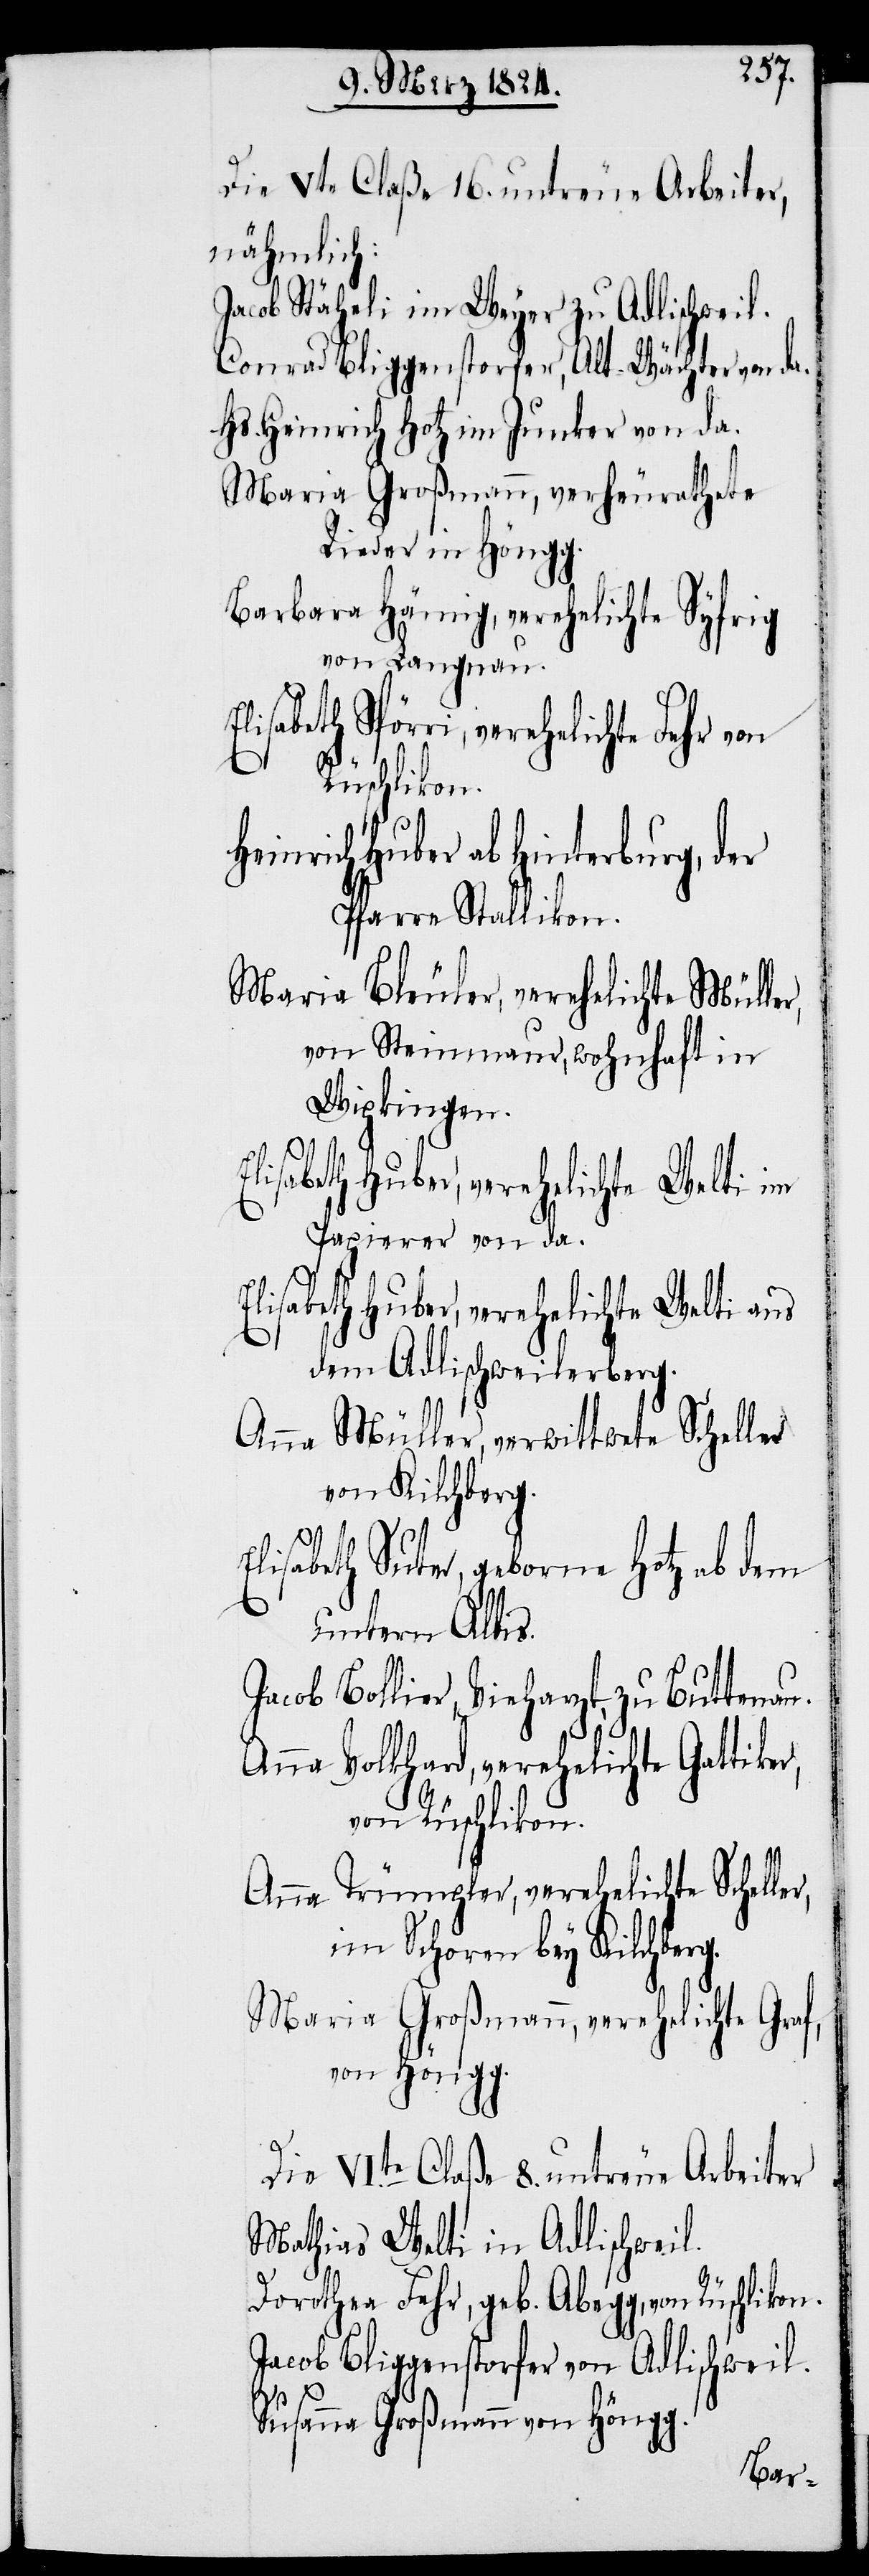
Die Vte Claße 16. untreue Arbeiter,
nähmlich:
Jacob Stäheli im Weyer zu Adlischweil.
Conrad Bliggenstorfer, Alt-Wächter von da.
Maria Großmann, verheurathete
Rieder in Höngg.
Barbara Hämig, verehelichte Syfrig
von Langnau.
Elisabeth Huber, verehelichte Welti aus
Rüschlikon.
Heinrich Huber ab Hinterburg, der
Pfarre Stallikon.
Maria Bleuler, verehelichte Mülle¬
von Steinmaur, wohnhaft in
Wipkingen.
Papierer von da.
dem Adlischweilerberg.
Anna Müller, verwittwete Scheller
von Kilchberg.
lisabeth Suter, geborene Hotz ab dem
untern Albis.
Jacob Bollier, Vieharzt, zu Buttenau.
Anna Volkhard, verehelichte Gattik¬
von Rüschikon.
Anna Trümpler, verehelichte Schelle¬
im Schoren bey Kilchberg.
Maria Großmann, verehelichte Graf,
von Höngg.
E¬
Die VIte Claße 8. untreue Arbeiter
Mathias Welti in Adlischweil.
r,
Dorothea Fehr, geb. Abegg, von Rüschlikon.
Jacob Bliggenstorfer von Adlischweil.